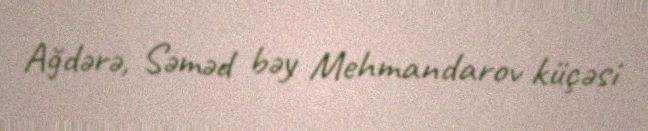
Ağdərə, Səməd bəy Mehmandarov küçəsi